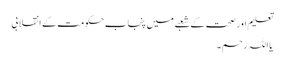
تعلیم اور صحت کے شعبے میں پنجاب حکومت کے انقلابی
یا اللہ رحم ۔